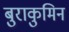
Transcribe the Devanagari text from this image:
बुराकुमिन